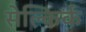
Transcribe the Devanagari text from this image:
सेल्किर्क